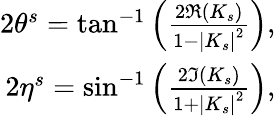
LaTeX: \begin{array}{r}{2\theta^{s}=\tan^{-1}\left(\frac{2\Re(K_{s})}{1-\left|K_{s}\right|^{2}}\right),}\\ {2\eta^{s}=\sin^{-1}\left(\frac{2\Im(K_{s})}{1+\left|K_{s}\right|^{2}}\right),}\end{array}